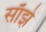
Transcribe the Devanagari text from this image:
साँझे